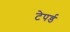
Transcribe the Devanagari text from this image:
टेपर्ड